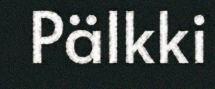
Pälkki